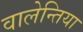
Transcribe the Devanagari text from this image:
वालेन्तिया